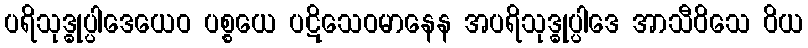
ပရိသုဒ္ဓုပ္ပါဒေယေဝ ပစ္စယေ ပဋိသေဝမာနေန အပရိသုဒ္ဓုပ္ပါဒေ အာသီဝိသေ ဝိယ